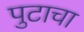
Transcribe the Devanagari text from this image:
पुटाचा